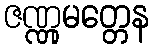
ဇဏ္ဏုမတ္တေန